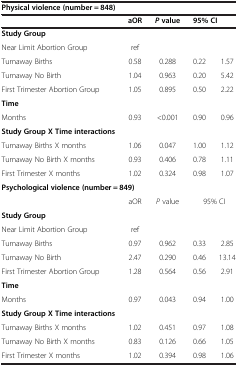
| <COLSPAN=5> Physical violence (number = 848) |
 |  | aOR | Pvalue | <COLSPAN=2> 95% CI |
 | --- | --- | --- | --- | --- |
 | Study Group |  |  |  |  |
 | Near Limit Abortion Group | ref |  |  |  |
 | Turnaway Births | 0.58 | 0.288 | 0.22 | 1.57 |
 | Turnaway No Birth | 1.04 | 0.963 | 0.20 | 5.42 |
 | First Trimester Abortion Group | 1.05 | 0.895 | 0.50 | 2.22 |
 | Time |  |  |  |  |
 | Months | 0.93 | <0.001 | 0.90 | 0.96 |
 | Study Group X Time interactions |  |  |  |  |
 | Turnaway Births X months | 1.06 | 0.047 | 1.00 | 1.12 |
 | Turnaway No Birth X months | 0.93 | 0.406 | 0.78 | 1.11 |
 | First Trimester X months | 1.02 | 0.324 | 0.98 | 1.07 |
 | <COLSPAN=5> Psychological violence (number = 849) |
 |  | aOR | P value | <COLSPAN=2> 95% CI |
 | Study Group |  |  |  |  |
 | Near Limit Abortion Group | ref |  |  |  |
 | Turnaway Births | 0.97 | 0.962 | 0.33 | 2.85 |
 | Turnaway No Birth | 2.47 | 0.290 | 0.46 | 13.14 |
 | First Trimester Abortion Group | 1.28 | 0.564 | 0.56 | 2.91 |
 | Time |  |  |  |  |
 | Months | 0.97 | 0.043 | 0.94 | 1.00 |
 | Study Group X Time interactions |  |  |  |  |
 | Turnaway Births X months | 1.02 | 0.451 | 0.97 | 1.08 |
 | Turnaway No Birth X months | 0.83 | 0.126 | 0.66 | 1.05 |
 | First Trimester X months | 1.02 | 0.394 | 0.98 | 1.06 |